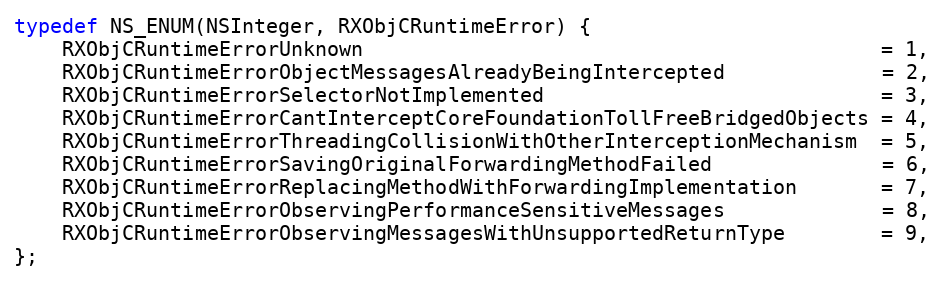
Language: C
typedef NS_ENUM(NSInteger, RXObjCRuntimeError) {
    RXObjCRuntimeErrorUnknown                                           = 1,
    RXObjCRuntimeErrorObjectMessagesAlreadyBeingIntercepted             = 2,
    RXObjCRuntimeErrorSelectorNotImplemented                            = 3,
    RXObjCRuntimeErrorCantInterceptCoreFoundationTollFreeBridgedObjects = 4,
    RXObjCRuntimeErrorThreadingCollisionWithOtherInterceptionMechanism  = 5,
    RXObjCRuntimeErrorSavingOriginalForwardingMethodFailed              = 6,
    RXObjCRuntimeErrorReplacingMethodWithForwardingImplementation       = 7,
    RXObjCRuntimeErrorObservingPerformanceSensitiveMessages             = 8,
    RXObjCRuntimeErrorObservingMessagesWithUnsupportedReturnType        = 9,
};